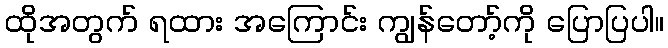
ထိုအတွက် ရထား အကြောင်း ကျွန်တော့်ကို ပြောပြပါ။